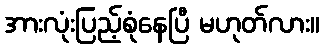
အားလုံးပြည့်စုံနေပြီ မဟုတ်လား။